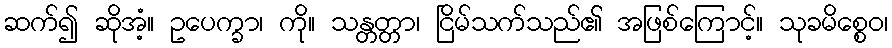
ဆက်၍ ဆိုအံ့။ ဥပေက္ခာ၊ ကို။ သန္တတ္တာ၊ ငြိမ်သက်သည်၏ အဖြစ်ကြောင့်။ သုခမိစ္စေဝ၊